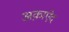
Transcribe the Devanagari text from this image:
अक़ाऐद